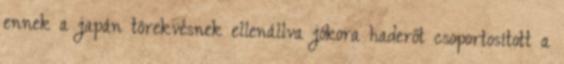
ennek a japán törekvésnek ellenállva jókora haderőt csoportosított a